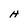
Character: H